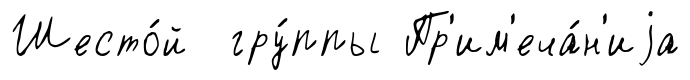
Шесто́й гру́ппы Пр'им'еча́н'иjа